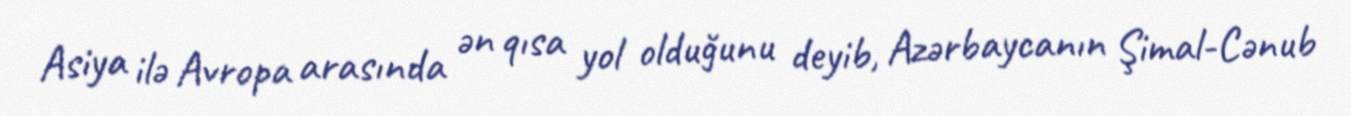
Asiya ilə Avropa arasında ən qısa yol olduğunu deyib, Azərbaycanın Şimal-Cənub